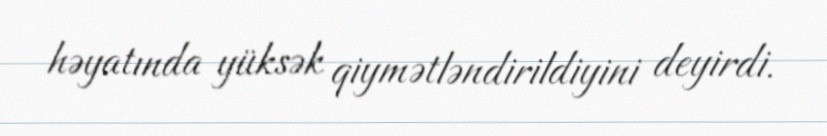
həyatında yüksək qiymətləndirildiyini deyirdi.